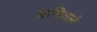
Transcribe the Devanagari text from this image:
बनिवले